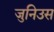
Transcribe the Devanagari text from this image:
जुनिउस